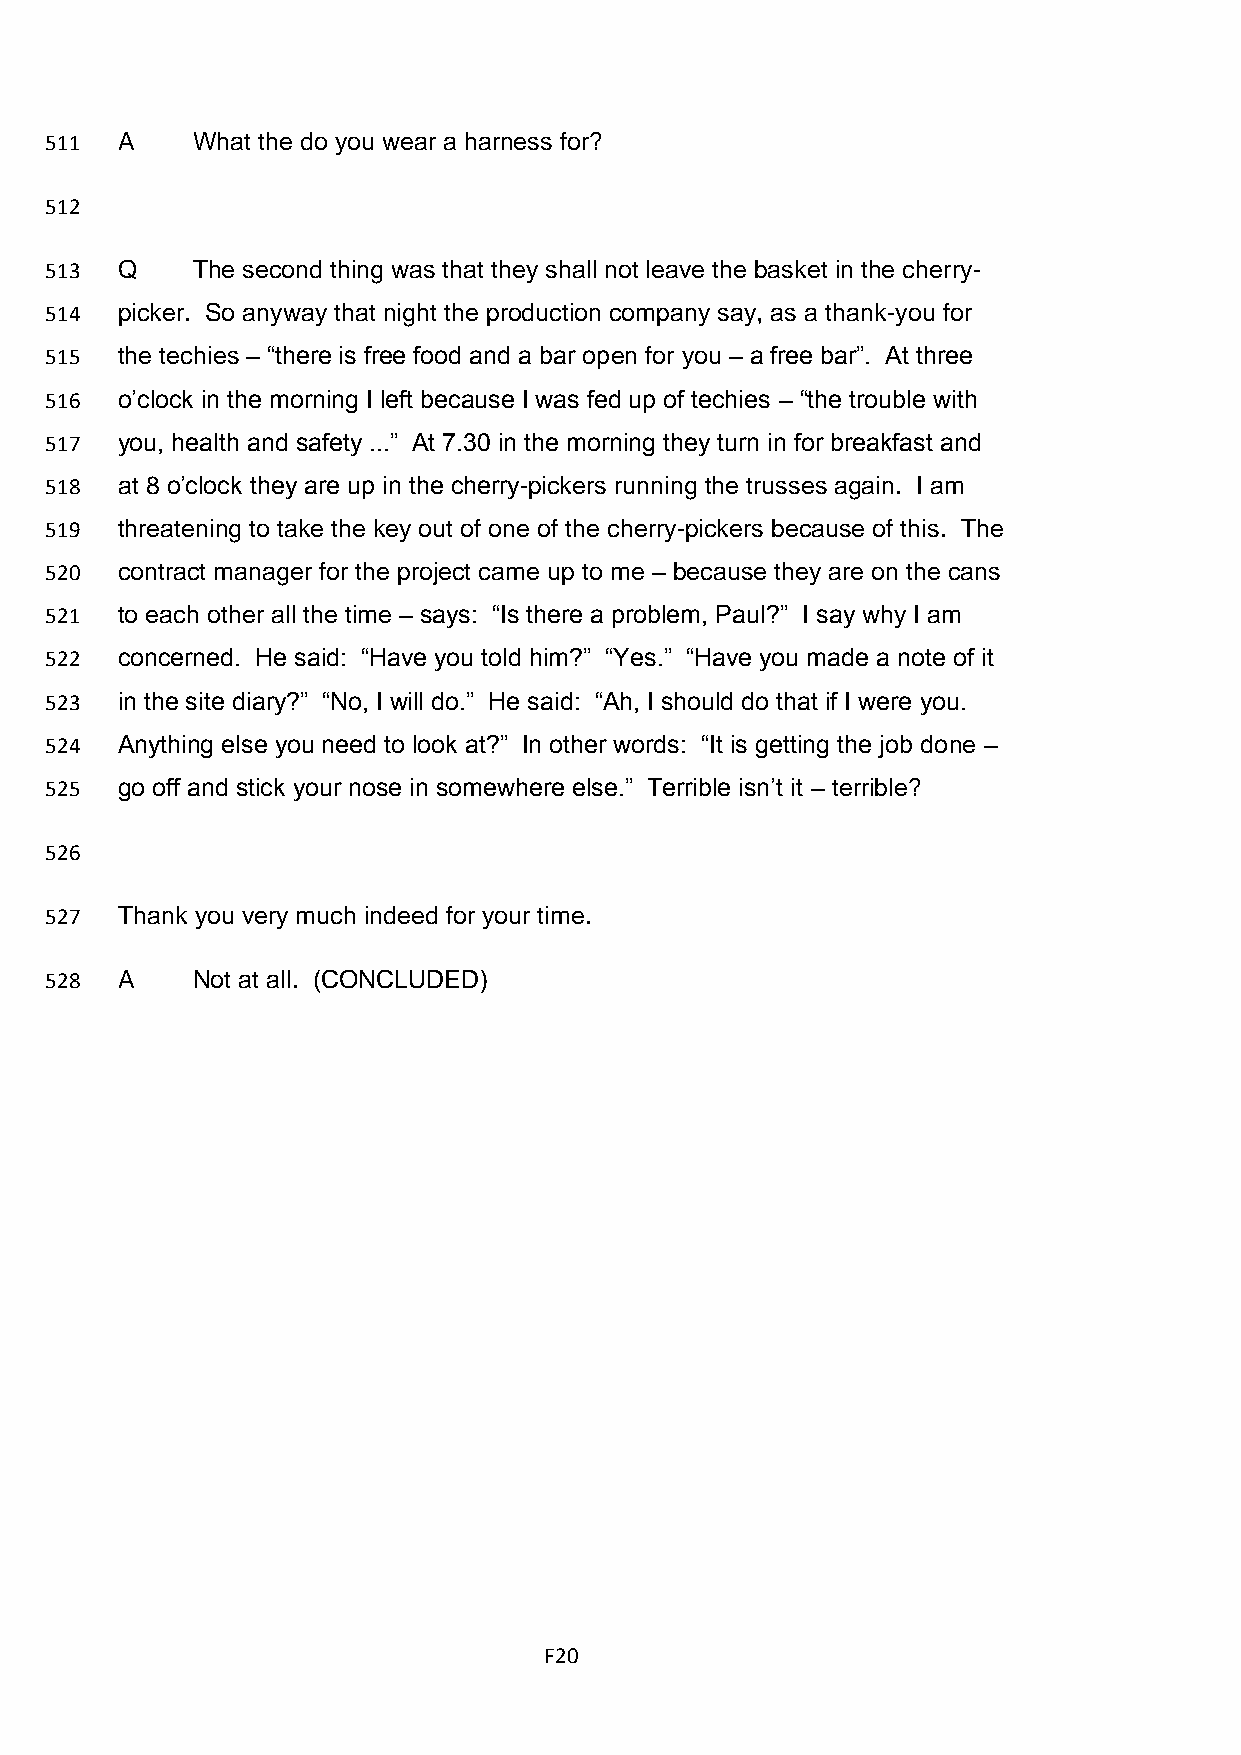
511  A    What the do you wear a harness for?
 512
 513  Q    The second thing was that they shall not leave the basket in the cherry-
 514  picker. So anyway that night the production company say, as a thank-you for
 515  the techies – “there is free food and a bar open for you – a free bar”. At three
 516  o’clock in the morning I left because I was fed up of techies – “the trouble with
 517  you, health and safety ...” At 7.30 in the morning they turn in for breakfast and
 518  at 8 o’clock they are up in the cherry-pickers running the trusses again. I am
 519  threatening to take the key out of one of the cherry-pickers because of this. The
 520  contract manager for the project came up to me – because they are on the cans
 521  to each other all the time – says: “Is there a problem, Paul?” I say why I am
 522  concerned. He said: “Have you told him?” “Yes.” “Have you made a note of it
 523  in the site diary?” “No, I will do.” He said: “Ah, I should do that if I were you.
 524  Anything else you need to look at?” In other words: “It is getting the job done –
 525  go off and stick your nose in somewhere else.” Terrible isn’t it – terrible?
 526
 527  Thank you very much indeed for your time.
 528  A    Not at all. (CONCLUDED)
 F20